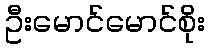
ဦးမောင်မောင်စိုး